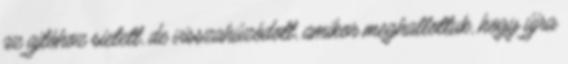
az ajtóhoz sietett, de visszahúzódott, amikor meghallottuk, hogy újra